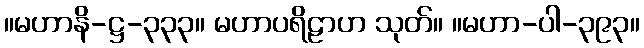
။မဟာနိ-ဋ္ဌ-၃၃၃။ မဟာပရိဠာဟ သုတ်။ ။မဟာ-ပါ-၃၉၃။